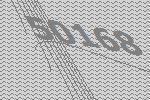
50168